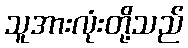
သူအားလုံးတို့သည်